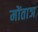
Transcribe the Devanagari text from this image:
मोंताञ